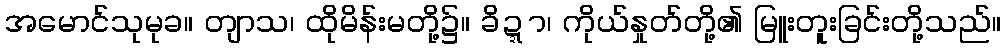
အမောင်သုမုခ။ တျာသ၊ ထိုမိန်းမတို့၌။ ခိဍ္ဍာ၊ ကိုယ်နှုတ်တို့၏ မြူးတူးခြင်းတို့သည်။